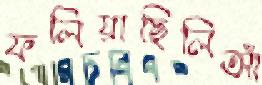
ফলিয়াছিলিআঁ